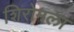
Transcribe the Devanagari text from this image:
शिरोमला